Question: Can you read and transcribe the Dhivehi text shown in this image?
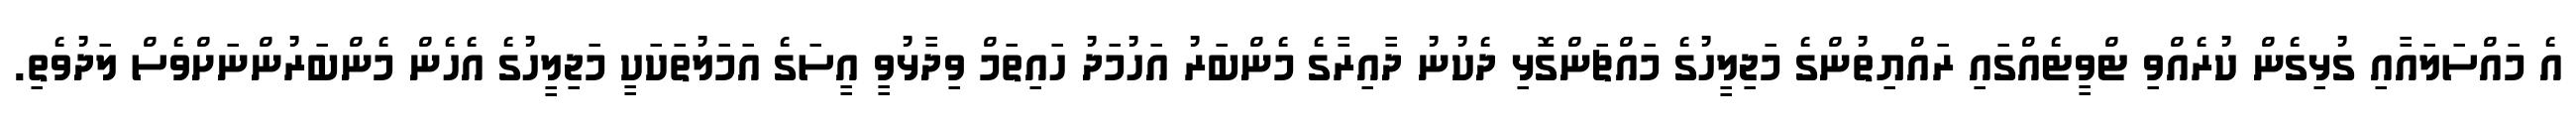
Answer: އެ މައްސަލައާއި ގުޅިގެން ކުރެއްވި ޓްވީޓެއްގައި ރައްޔިތުންގެ މަޖިލީހުގެ މައްޗަންގޮޅި ދެކުނު ދާއިރާގެ މެންބަރު އަހުމަދު ހައިތަމް ވިދާޅުވީ އީސަގެ އަމަލުތަކަކީ މަޖިލީހުގެ އެހެން މެންބަރުންނަށްވެސް ލަދުވެތި.